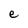
Character: e